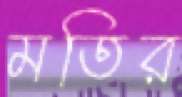
মতির